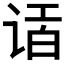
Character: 𲂎